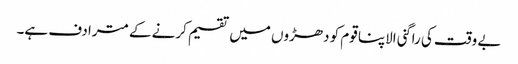
بے وقت کی راگنی الاپنا قوم کو دھڑوں میں تقسیم کرنے کے مترادف ہے۔